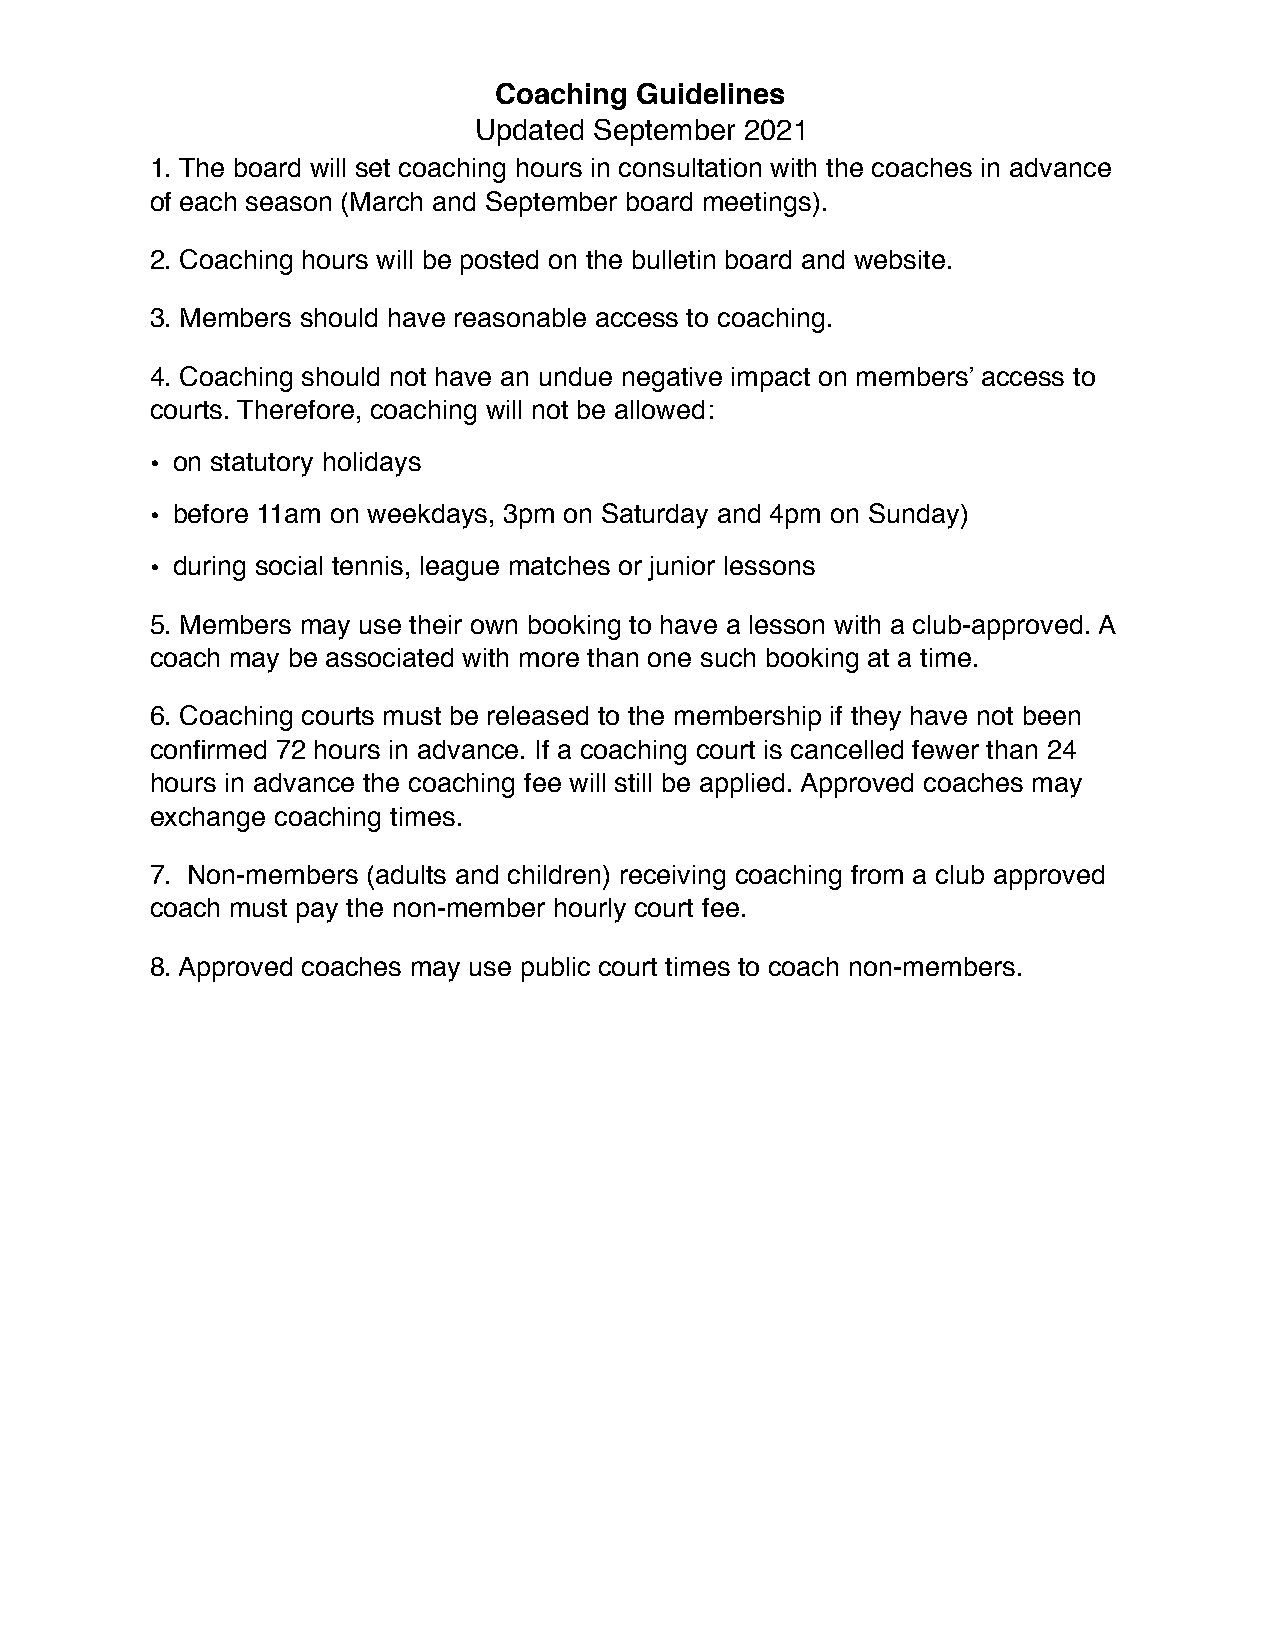
Coaching Guidelines
 Updated September 2021
 1. The board will set coaching hours in consultation with the coaches in advance
 of each season (March and September board meetings).
 2. Coaching hours will be posted on the bulletin board and website.
 3. Members should have reasonable access to coaching.
 4. Coaching should not have an undue negative impact on members’ access to
 courts. Therefore, coaching will not be allowed:
 • on statutory holidays
 • before 11am on weekdays, 3pm on Saturday and 4pm on Sunday)
 • during social tennis, league matches or junior lessons
 5. Members may use their own booking to have a lesson with a club-approved. A
 coach may be associated with more than one such booking at a time.
 6. Coaching courts must be released to the membership if they have not been
 confirmed 72 hours in advance. If a coaching court is cancelled fewer than 24
 hours in advance the coaching fee will still be applied. Approved coaches may
 exchange coaching times.
 7. Non-members (adults and children) receiving coaching from a club approved
 coach must pay the non-member hourly court fee.
 8. Approved coaches may use public court times to coach non-members.